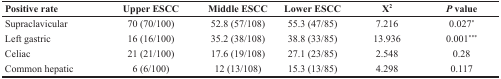
| Positive rate | Upper ESCC | Middle ESCC | Lower ESCC | X2 | P value |
 | --- | --- | --- | --- | --- | --- |
 | Supraclavicular | 70 (70/100) | 52.8 (57/108) | 55.3 (47/85) | 7.216 | 0.027* |
 | Left gastric | 16 (16/100) | 35.2 (38/108) | 38.8 (33/85) | 13.936 | 0.001*** |
 | Celiac | 21 (21/100) | 17.6 (19/108) | 27.1 (23/85) | 2.548 | 0.28 |
 | Common hepatic | 6 (6/100) | 12 (13/108) | 15.3 (13/85) | 4.298 | 0.117 |